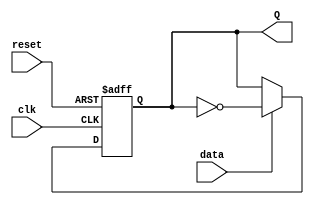
// T Flip Flop

`timescale 1ns / 1ns // `timescale time_unit/time_precision

module tff(
	input data,
	input clk,
	input reset,
	output reg Q
	);

	always @(posedge clk or negedge reset) begin
		if (~reset)
			Q <= 1'b0;
		else if (data)
			Q <= ~Q;
	end
endmodule